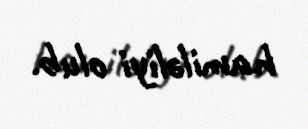
hamiləliyi olub.